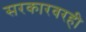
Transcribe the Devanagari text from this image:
सरकारवरही